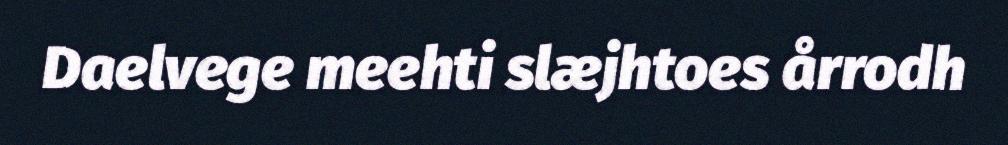
Daelvege meehti slæjhtoes årrodh